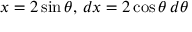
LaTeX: x = 2 \sin \theta , \, d x = 2 \cos \theta \, d \theta